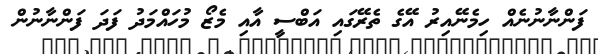
ފަންނާނުނެއް ހިމެނޭއިރު އޭގެ ތެރޭގައި އަބްސީ އާއި މެޒޯ މުހައްމަދު ފަދަ ފަންނާނުން